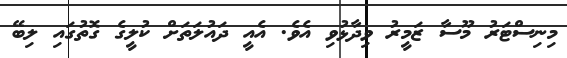
މިނިސްޓަރު މޫސާ ޒަމީރު ވިދާޅުވި އެވެ. އެއީ ދައުލަތަށް ކުލީގެ ގޮތުގައި ލިބޭ